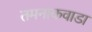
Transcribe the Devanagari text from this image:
तमनाकवाडा